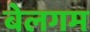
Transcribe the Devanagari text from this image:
बेलगम